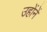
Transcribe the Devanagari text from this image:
उहोंनें